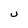
Character: U